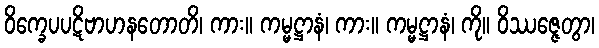
ဝိက္ခေပပဋိဗာဟနတောတိ၊ ကား။ ကမ္မဋ္ဌာနံ၊ ကား။ ကမ္မဋ္ဌာနံ၊ ကို။ ဝိဿဇ္ဇေတွာ၊